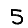
Digit: 5